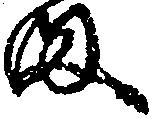
ま